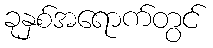
ခုနှစ်အရောက်တွင်